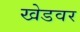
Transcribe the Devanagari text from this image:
खेडवर